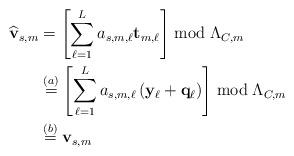
LaTeX: \begin{align*}\widehat{\mathbf{v}}_{s,m} &= \left[\sum\limits_{\ell=1}^L a_{s,m,\ell} \mathbf{t}_{m,\ell} \right] \bmod \Lambda_{C,m} \\ &\stackrel{(a)}{=} \left[\sum\limits_{\ell=1}^L a_{s,m,\ell} \left( {\mathbf{y}}_\ell+\mathbf{q}_\ell \right) \right] \bmod \Lambda_{C,m} \\ &\stackrel{(b)}{=} \mathbf{v}_{s,m} \end{align*}